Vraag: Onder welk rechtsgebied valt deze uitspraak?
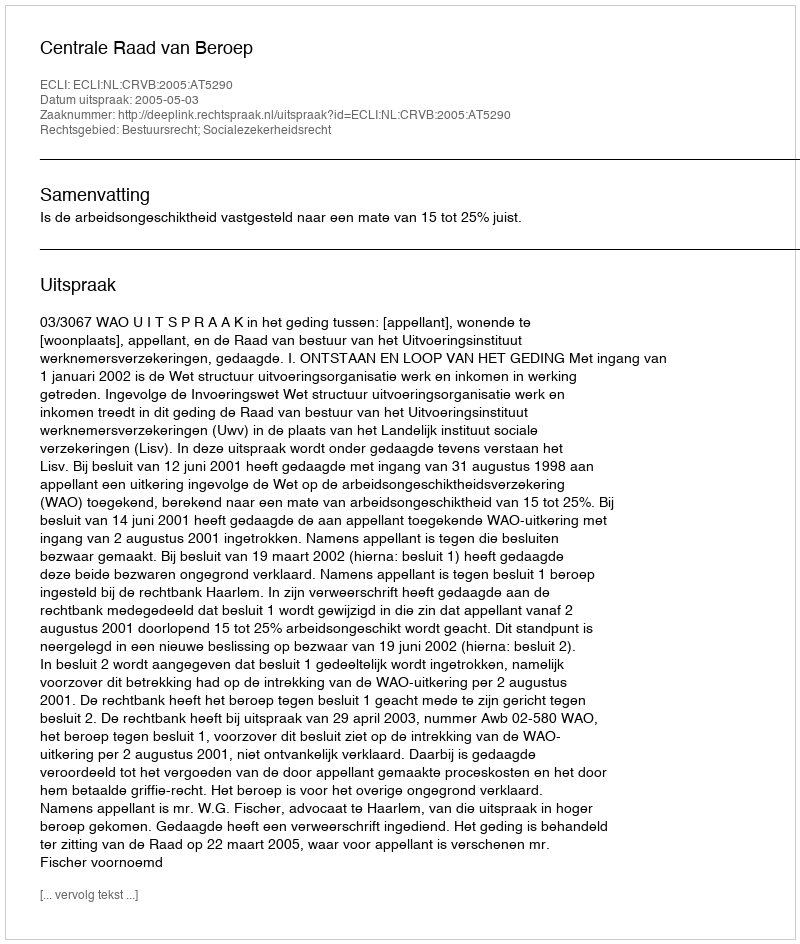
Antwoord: Bestuursrecht; Socialezekerheidsrecht